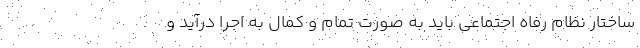
ساختار نظام رفاه اجتماعی باید به صورت تمام و کمال به اجرا درآید و